Vaccination in Bombay 1902-1912 - 1902-1912
Year: 1902
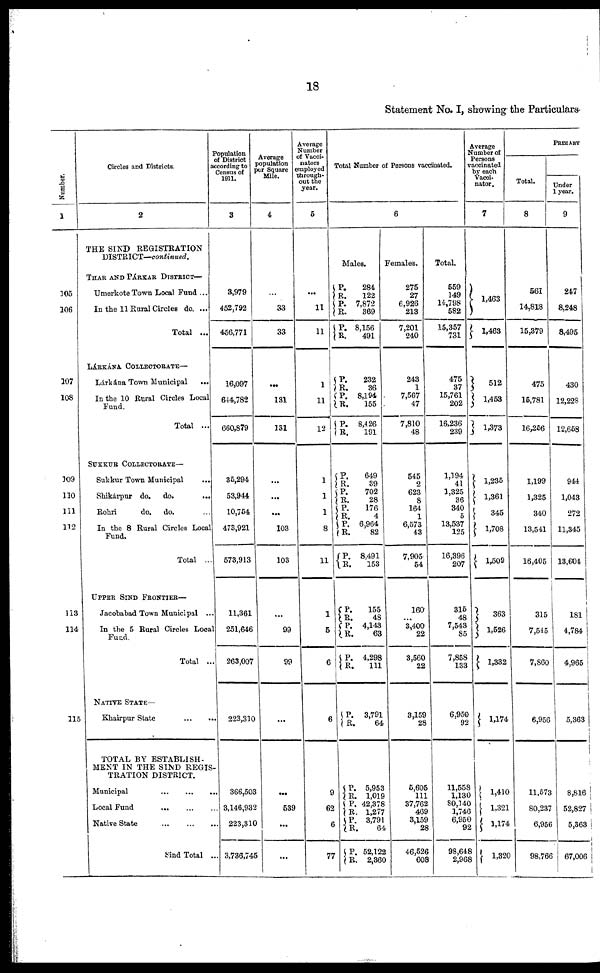
18
Statement No. I, showing the Particulars
Number.
1
105
106
107
108
109
110
111
112
113
114
115
Circles and Districts.
2
THE SIND REGISTRATION
DISTRICT—continued.
THAR AND PÁRKAR DISTRICT—
Umerkote Town Local Fund ...
In the 11 Rural Circles do. ...
Total ...
LÁRKÁNA COLLECTORATE—
Lárkána Town Municipal ...
In the 10 Rural Circles Local
Fund.
Total ...
SUKKUR COLLECTORATE—
Sukkur Town Municipal ...
Shikárpur do. do.
...
Rohri
do. do. ...
In the 8 Rural Circles Local
Fund.
Total ...
UPPER SIND FRONTIER—
Jacobabad Town Municipal ...
In the 5 Rural Circles Local
Fund.
Total ...
NATIVE STATE—
Khairpur State
...
...
TOTAL BY ESTABLISH¬
MENT IN THE SIND REGIS-
TRATION DISTRICT.
Municipal
...
...
...
Local Fund
...
...
...
Native State
...
...
...
Sind Total ...
Population
of District
according to
Census of
1911.
3
3,979
452,792
456,771
16,097
644,782
660,879
35,294
53,944
10,754
473,921
573,913
11,361
251,646
263,007
223,310
366,503
3,146,932
223,310
3,736,745
Average
population
per Square
Mile.
4
...
33
33
...
131
131
...
...
...
103
103
...
99
99
...
...
539
...
...
Average
Number
of Vacci¬
nators
employed
through-
out the
year.
5
...
11
11
1
11
12
1
1
1
8
11
1
5
6
6
9
62
6
77
Total Number of Persons vaccinated.
6
Males.
P.
R.
P.
R.
P.
R.
284
122
7,872
369
8,156
491
P.
R.
P.
R.
P.
R.
232
36
8,194
155
8,426
191
P.
R.
P.
R.
P.
R.
P.
R.
P.
R.
649
39
702
28
176
4
6,964
82
8,491
153
P.
R.
P.
R.
P.
R.
155
48
4,143
63
4,298
111
P.
R.
3,791
64
P.
R. P.
R. P. R.
P.
R.
5,953
1,019
42,378
1,277
3,791
64
52,122
2,360
Females.
275
17
6,928
213
7,201
240
243
1
7,567
47
7,810
48
545
2
623
8
164
1
6,573
43
7,905
54
160
...
3,400
22
3,560
22
3,159
28
5,605
111
37,762
469
3,159
28
46,526
608
Total.
559
149
14,798
582
15,357
731
475
37
15,761
202
16,236
239
1,194
41
1,325
36
340
5
13,537
125
16,396
207
315
48
7,543
85
7,858
133
6,950
92
11,558
1,130
80,140
1,746
6,950
92
98,648
2,968
Average
Number of
Persons
vaccinated
by each
Vacci¬
nator.
7
1,463
1,463
512
1,453
1,373
1,235
1,361
345
1,708
1,509
363
1,526
1,332
1,174
1,410
1,321
1,174
1,320
PRIMARY
Total.
8
561
14,818
15,379
475
15,781
16,256
1,199
1,325
340
13,541
16,405
315
7,545
7,860
6,956
11,573
80,237
6,956
98,766
Under
1 year.
9
247
8,248
8,495
430
12,228
12,658
944
1,043
272
11,345
13,604
181
4,784
4,965
5,363
8,816
52,827
5,363
67,006